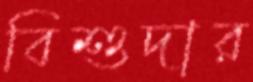
বিশুদার